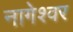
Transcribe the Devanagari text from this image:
नागेश्‍वर